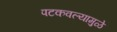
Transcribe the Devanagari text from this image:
पटकवल्यामुळे